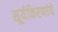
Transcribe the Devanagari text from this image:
सूर्यकिरणांचे